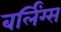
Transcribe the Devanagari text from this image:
बर्लिंग्स